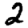
Digit: 2